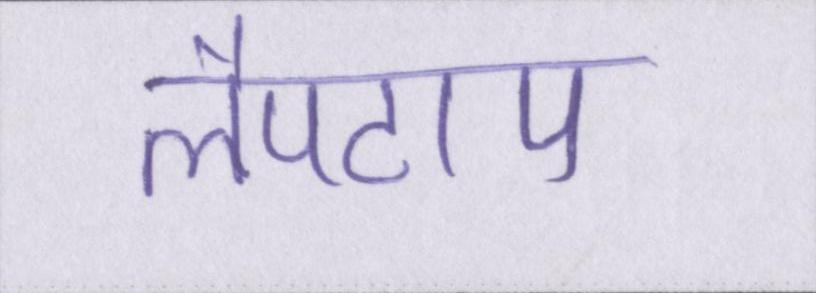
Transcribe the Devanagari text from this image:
लैपटाप